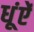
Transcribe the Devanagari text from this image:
धूंऐं